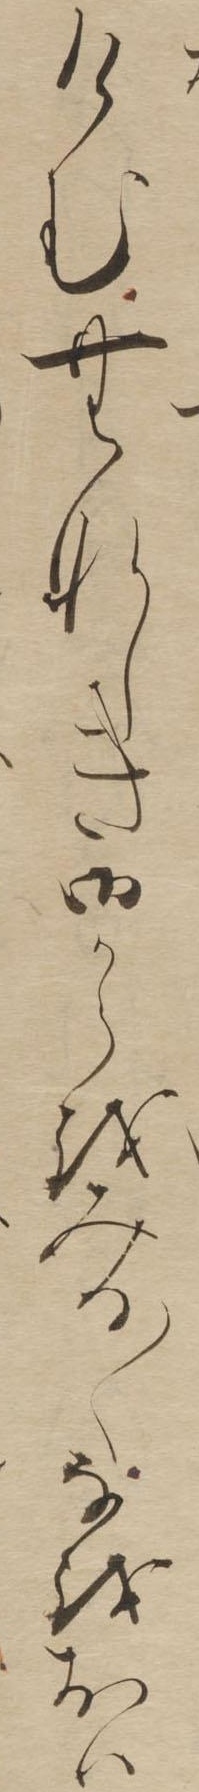
けむむなしき御からをみる〱なをおは